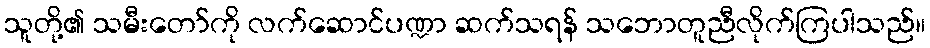
သူတို့၏ သမီးတော်ကို လက်ဆောင်ပဏ္ဍာ ဆက်သရန် သဘောတူညီလိုက်ကြပါသည်။